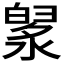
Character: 𣼙